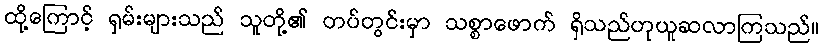
ထို့ကြောင့် ရှမ်းများသည် သူတို့၏ တပ်တွင်းမှာ သစ္စာဖောက် ရှိသည်ဟုယူဆလာကြသည်။